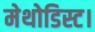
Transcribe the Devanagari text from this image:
मेथोडिस्ट।